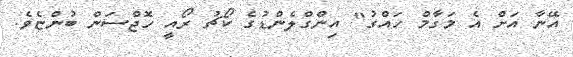
އޭނާ އަށް އެ މަގާމް ހައްގު" އިންގްލެންޑުގެ ކޯޗު ރޯއީ ހޮޖްސަން ބުންޏެވެ.